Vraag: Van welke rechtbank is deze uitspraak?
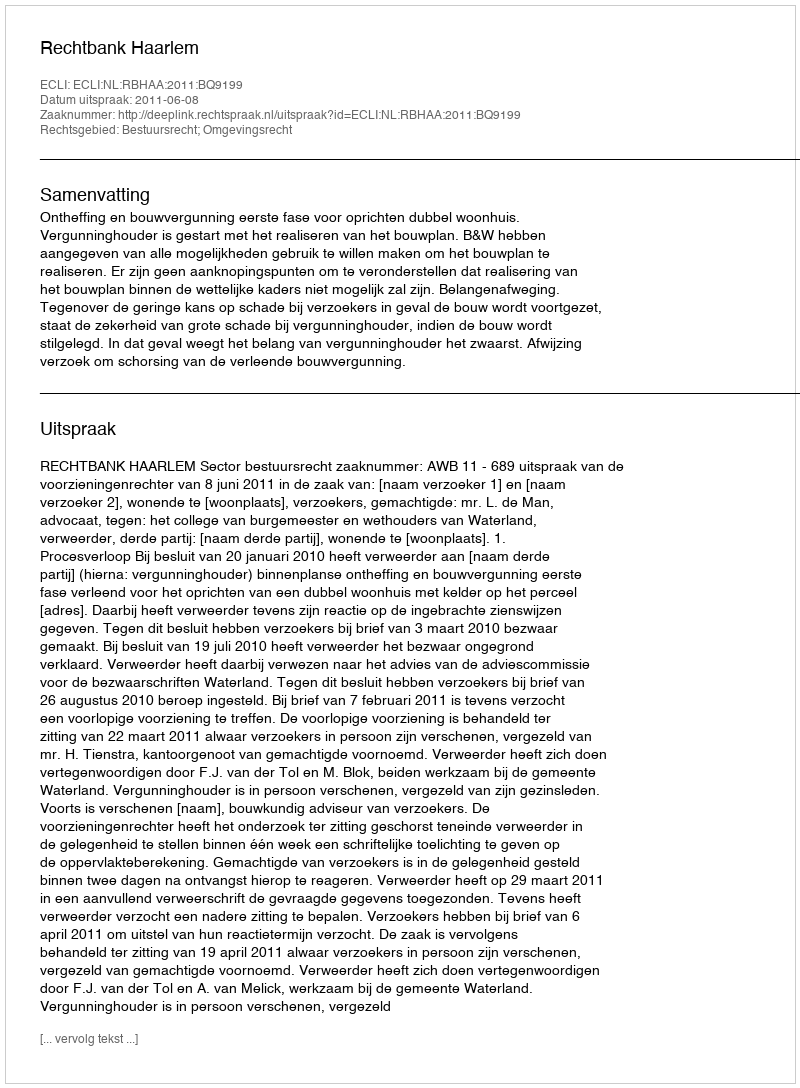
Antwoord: Rechtbank Haarlem